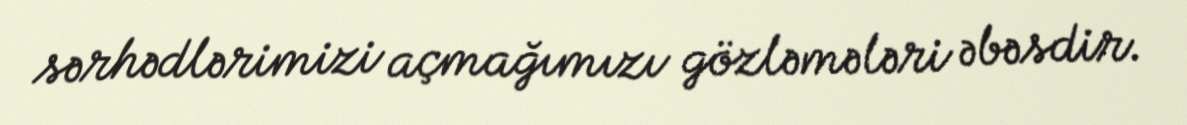
sərhədlərimizi açmağımızı gözləmələri əbəsdir.